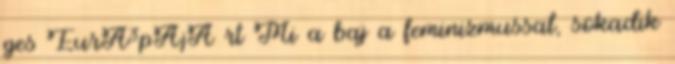
ges EurÃ³pÃ¡Ã rt Mi a baj a feminizmussal, sokadik